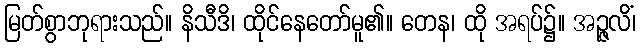
မြတ်စွာဘုရားသည်။ နိသီဒိ၊ ထိုင်နေတော်မူ၏။ တေန၊ ထို အရပ်၌။ အဉ္ဇလိံ၊